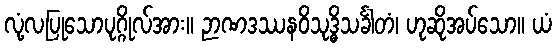
လုံ့လပြုသောပုဂ္ဂိုလ်အား။ ဉာဏဒဿနဝိသုဒ္ဓိသင်္ခါတံ၊ ဟုဆိုအပ်သော။ ယံ